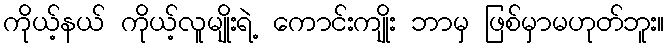
ကိုယ့်နယ် ကိုယ့်လူမျိုးရဲ့ ကောင်းကျိုး ဘာမှ ဖြစ်မှာမဟုတ်ဘူး။